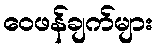
ဝေဖန်ချက်များ